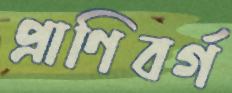
প্রাণিবর্গ